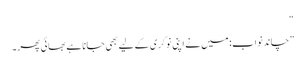
“
”چاند نواب: میں نے اپنی نوکری کے لیے بھی جانا ہے بھائی پھر۔